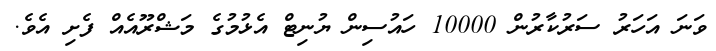
ވަނަ އަހަރު ސަރުކާރުން 10000 ހައުސިން ޔުނިޓް އެޅުމުގެ މަޝްރޫއެއް ފެށި އެވެ.